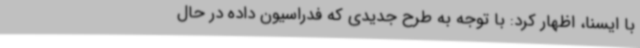
با ایسنا، اظهار کرد: با توجه به طرح جدیدی که فدراسیون داده در حال